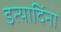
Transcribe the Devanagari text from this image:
इत्यादिंना